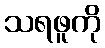
သရဖူကို